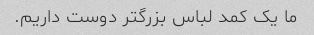
ما یک کمد لباس بزرگتر دوست داریم.